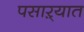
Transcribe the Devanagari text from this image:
पसाऱ्यात